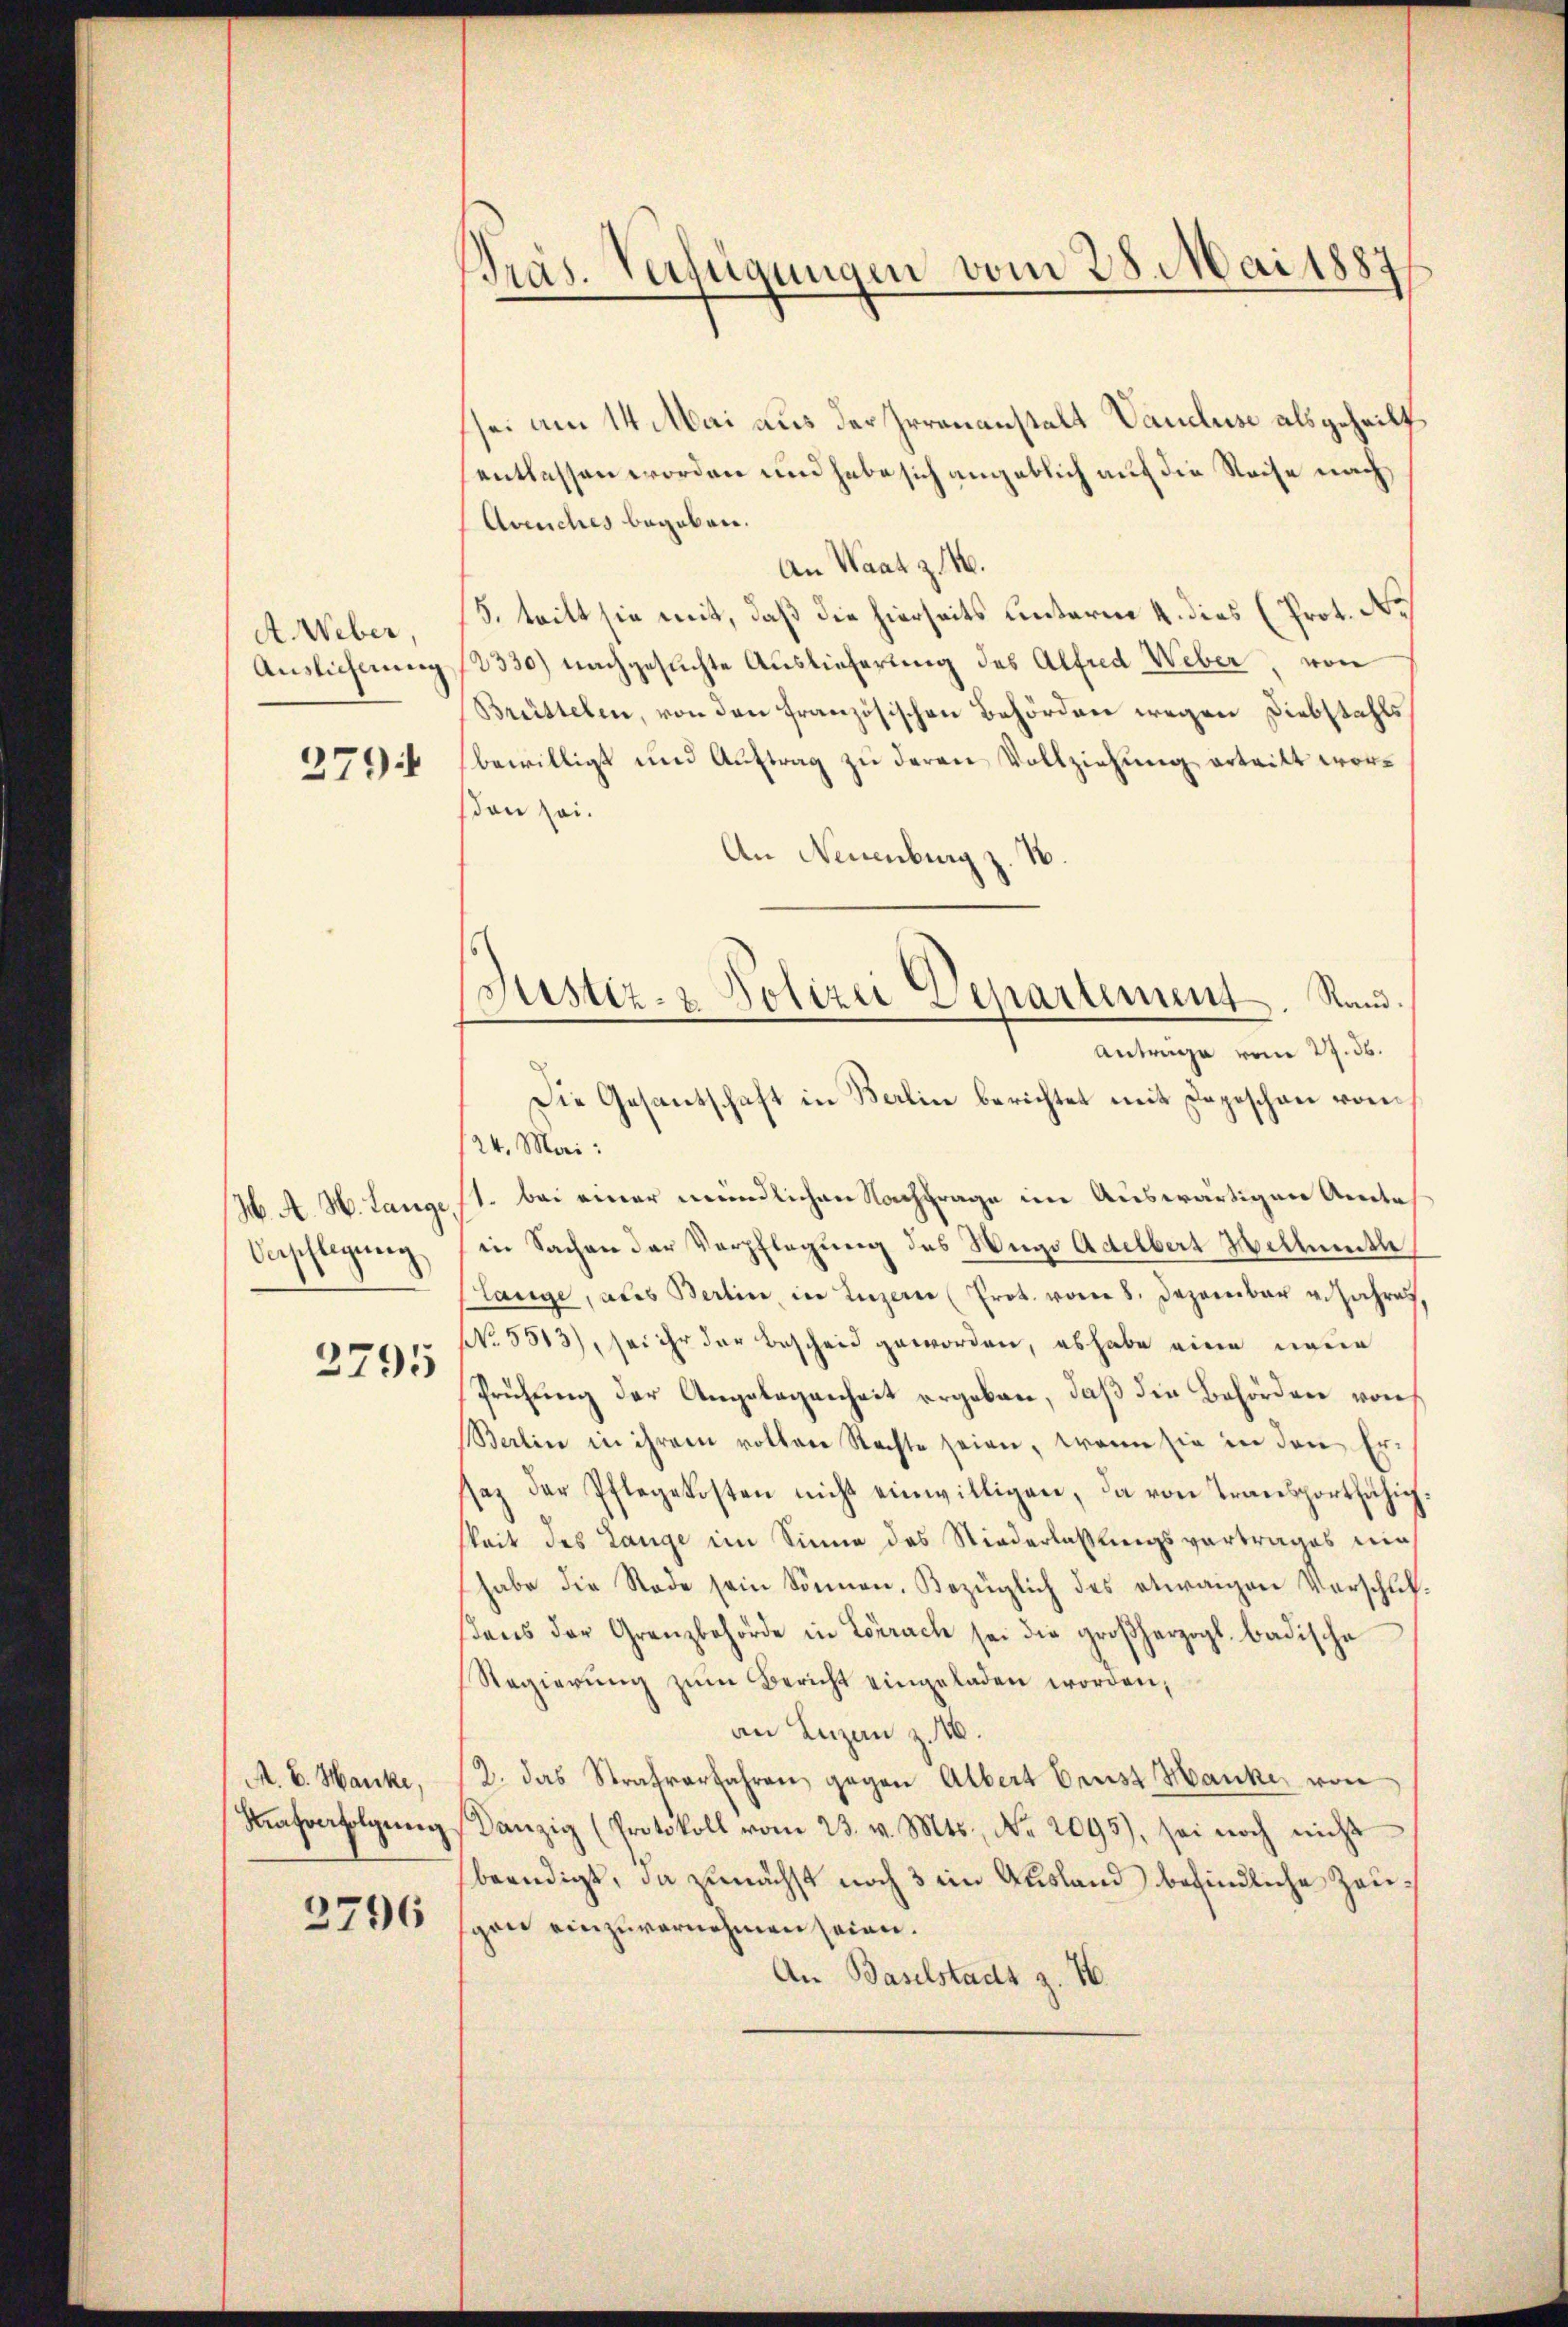
A. Weber,
Auslicherung

279

H. A. H. Lange
Verpflegung.

2795

A. E. Hanke,
Mafverfolgung.

3796

Präs. Verfügungen vom 28. Mai 1887

sei am 14. Mai aus der Irrenanstalt Vaudluse als geheilt
entlassen worden und habe sich angeblich auf die Reise nach
Avenches begeben.
An Waatz. 16.
5. teilt sie mit, daß die hierseits unterm 4. dies (Prot. No
2330) nachgesuchte Auslieferung des Alfred Weber, von
Brüttelen, von den französischen Behördere wegen Diebstahls
bewilligt und Auftrag zu deren Vollziehung ertritt worsden sei.
An Neuenburg z. B.
Antrage vom 27. ds.
124. Mai:
11. bei einer mündlichen Nachfrage im Auswärtigen Ande
in Sachen der Verpflegung des Hugo Adelbert Wellette
Lange, als Berlin, in Luzern (Prot. vom 8. Dezember v.Jahres
No. 5513), sei ihr der Bescheid geworden, es habe eine neue
Prüfung der Angelegenheit ergeben, daβ die Behörden von
Berlin in ihrem rothene Nachte seien, wenn sie in den Er-
saz der Pflegekosten nicht einwilligen, da von Transportfähighkeit des Lange im Sinne des Niederlassungsvortrages nie
habe die Rade sein Sonnen. Bezüglich des etwaigen Verschulsens der Granzbehörde in Lörrach sei die großherzogl. badische
Regierŭng zŭm Bericht eingeladen worden,
an Luzen z. 16.
2. das Strafverfahren gegen Albert Ernst Hanke, von
Danzig (Protokoll vom 23. v. Mts., Nr. 2095), sei noch nicht
beendigt, da zunächst noch 3 ein Ausland befindliche Zeugen einzuvernehmen seien.
An Baselstadt z. 16.

Justiz- & Polizei Departement. Rand.
Die Gesantschaft in Berlin berichtet mit Depeschon von